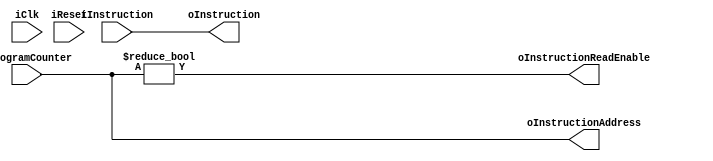
/********************************************************/
/*                      LICENSE:			*/
/*------------------------------------------------------*/
/* These files can be used for the Embedded Computer    */
/* Architecture course (5SIA0) at Eindhoven University  */
/* of technology. You are not allowed to distribute     */
/* these files to others.                               */
/* This header must be retained at all times		*/
/********************************************************/

module IF
#( //parameters that can be externally configured
	parameter I_WIDTH = 16,
	parameter IM_ADDR_WIDTH = 16
)
(  //inputs and outputs
	input iClk,
	input iReset,
	
	input [IM_ADDR_WIDTH-1:0] iProgramCounter,
		
	output [IM_ADDR_WIDTH-1:0] oInstructionAddress,
	input [I_WIDTH-1:0] iInstruction,
	
	output [I_WIDTH-1:0] oInstruction,

	output oInstructionReadEnable
);

	//reg [I_WIDTH-1:0] rInstruction;
	
	assign oInstructionAddress = iProgramCounter;
	assign oInstructionReadEnable = (iProgramCounter != 0);
	
	/*
	always @(posedge iClk)
	begin
		if (iReset)
			rInstruction <= 'b0;
		else
			rInstruction <= iInstruction;
	end
	*/
	
	//assign oInstruction = rInstruction;
	assign oInstruction = iInstruction;
	
endmodule